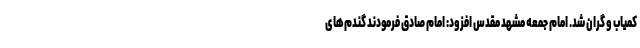
کمیاب و گران شد. امام جمعه مشهد مقدس افزود: امام صادق فرمودند گندم‌های